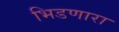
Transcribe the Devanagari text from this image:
भिडणारा